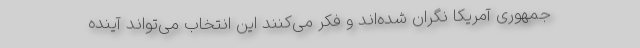
جمهوری آمریکا نگران شده‌اند و فکر می‌کنند این انتخاب می‌تواند آینده